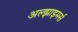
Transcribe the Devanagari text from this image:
अल्झाइमर्स